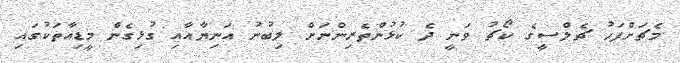
މެޗަށްފަހު ޗެލްސީގެ ކޯޗު ވަނީ ދެ ކުޅުންތެރިންނަށް ލިބުނު އަނިޔާއާއި ގުޅިގެން މީޑިއާތަކުގައި